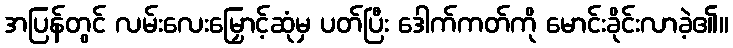
အပြန်တွင် လမ်းလေးမြှောင့်ဆုံမှ ပတ်ပြီး ဒေါက်ကတ်ကို မောင်းခိုင်းလာခဲ့၏။